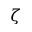
\zeta